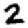
Digit: 2